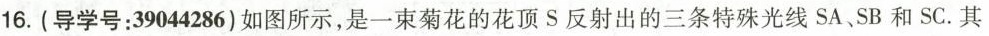
16.(导学号：39044286)如图所示，是一束菊花的花顶S反射出的三条特殊光线SA、SB和SC。其